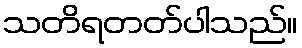
သတိရတတ်ပါသည်။